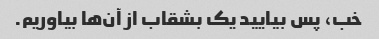
خب، پس بیایید یک بشقاب از آن‌ها بیاوریم.